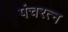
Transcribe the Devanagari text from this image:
पंचरत्‍न